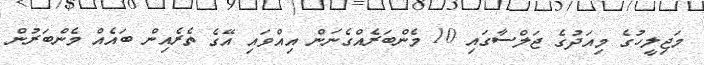
މަޖިލީހުގެ މިއަދުގެ ޖަލްސާގައި 10 މެންބަރެއްގެނަން އިއްވައި އޭގެ ތެރެއިން ބައެއް މެންބަރުން